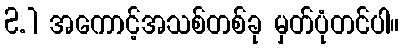
2.1 အကောင့်အသစ်တစ်ခု မှတ်ပုံတင်ပါ။